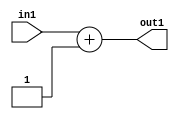
`timescale 1ps / 1ps
/*****************************************************************************
    Verilog RTL Description
    
    
    Created by: Stratus DpOpt 21.05.01 
*******************************************************************************/

module dut_Add2i1u3_4 (
	in1,
	out1
	); /* architecture "behavioural" */ 
input [2:0] in1;
output [3:0] out1;
wire [3:0] asc001;

assign asc001 = 
	+(in1)
	+(4'B0001);

assign out1 = asc001;
endmodule

/* CADENCE  urbwTw0= : u9/ySxbfrwZIxEzHVQQV8Q== ** DO NOT EDIT THIS LINE ******/